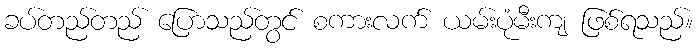
ခပ်တည်တည် ပြောသည်တွင် စကားလက် ယမ်းပုံမီးကျ ဖြစ်ရသည်။